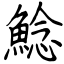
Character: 鯰